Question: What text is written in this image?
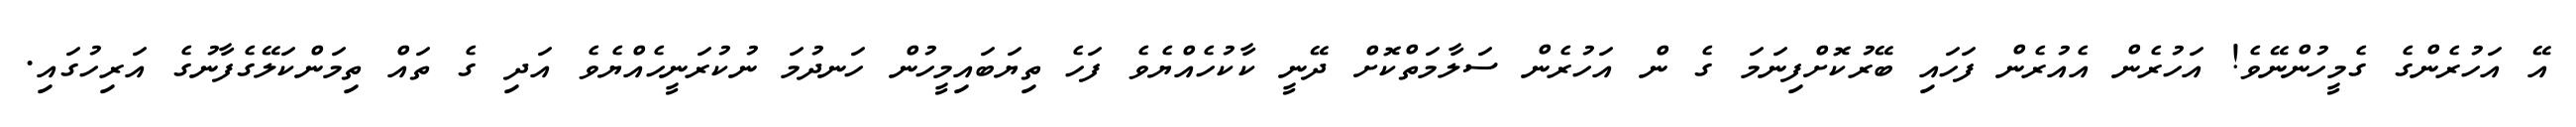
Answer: އޭ އަހުރެންގެ ގެމީހުންނޭވެ! އަހުރެން އެއުރެން ފަހައި ބޭރުކޮށްފިނަމަ ގެ ން އަހުރެން ސަލާމަތްކޮށް ދޭނީ ކާކުހެއްޔެވެ ފަހެ ތިޔަބައިމީހުން ހަނދުމަ ނުކުރަނީހެއްޔެވެ އަދި ގެ ތައް ތިމަންކަލޭގެފާނުގެ އަރިހުގައި.